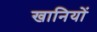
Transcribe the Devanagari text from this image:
खानियों